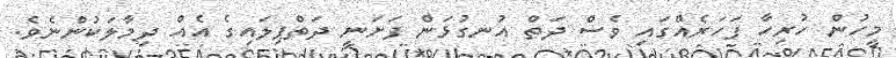
މީހުން ހުރިހާ ފަހަރެއްގައި ވެސް ދަތް އުނގުޅަން ފަށަނީ ދަތްޕިލައިގެ އެއް ދިމާލަކުންނެވެ.